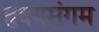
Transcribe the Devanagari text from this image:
हृदयसंगम